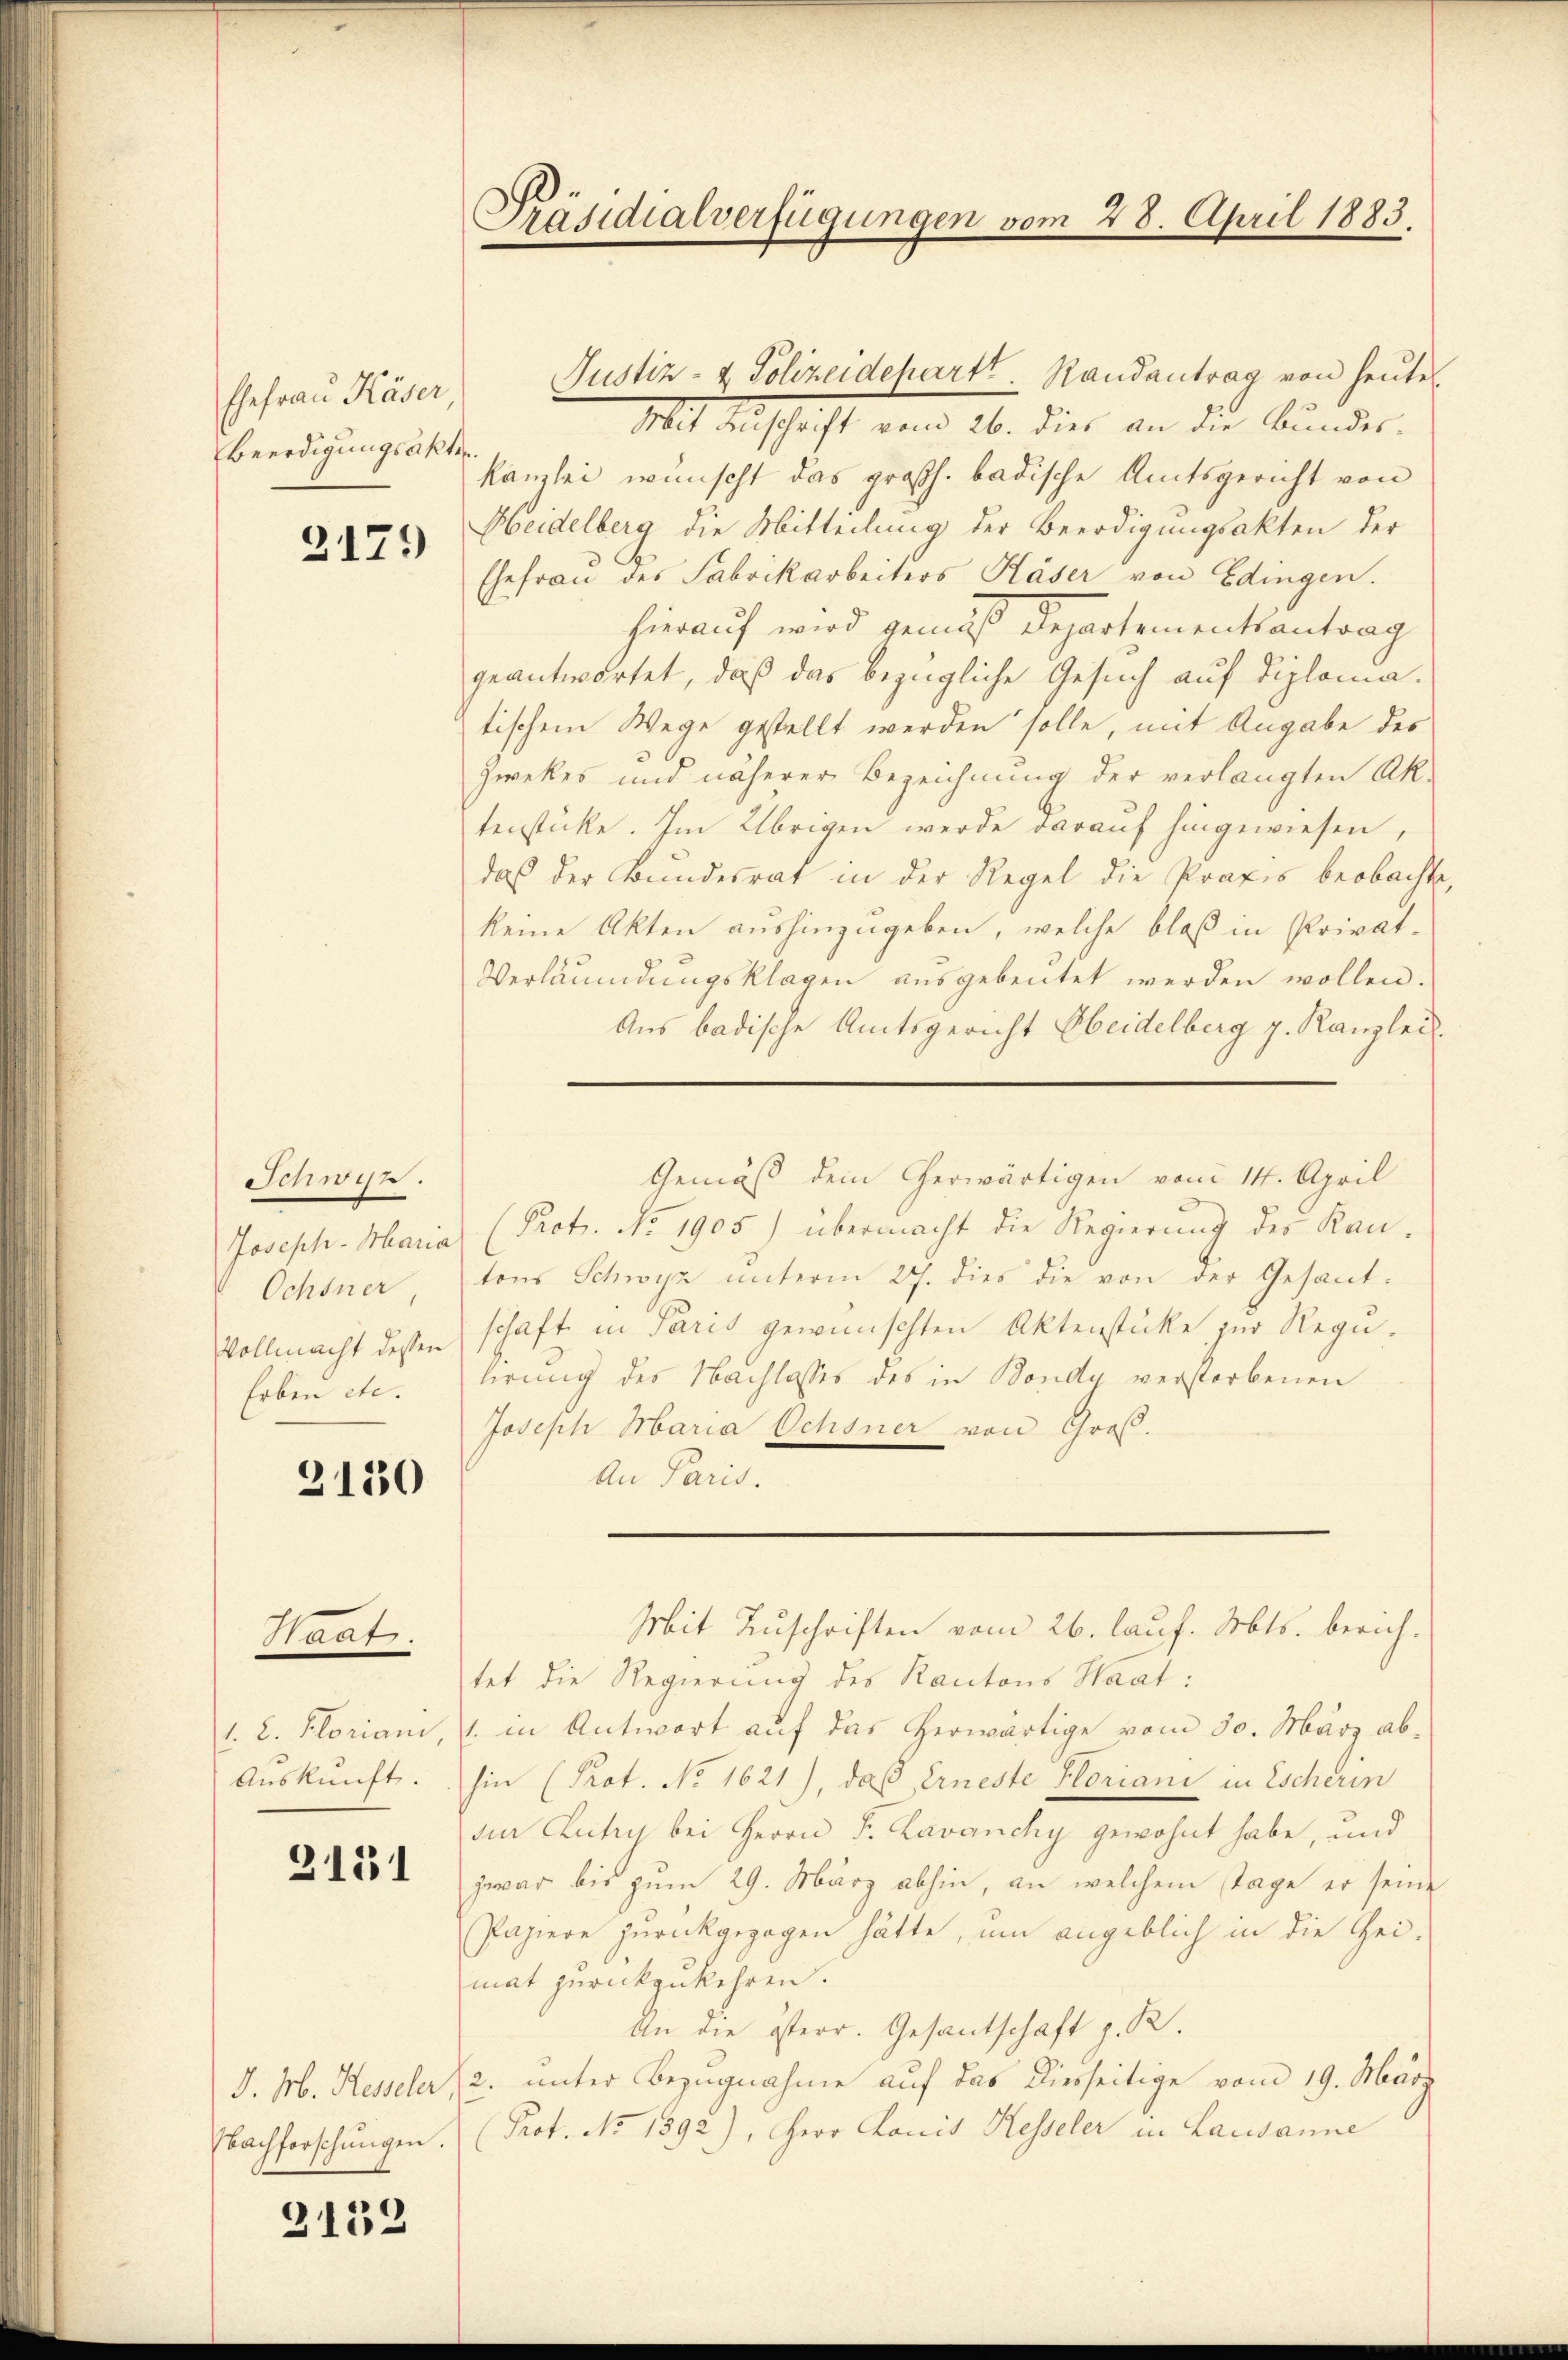
Ehefrau Käser,
Beerdigungsakten.

2171

Schwyn.
Joseph-Maria
Ochsner,
Vollmacht dessen
Erben etc.

3130

Staat.

. L. Floriani,
Auskunft.

2151

J. M. Hesseler,
Nachforschungen.

2132

Präsidialverfügungen vom 28. April 1883.

Justiz- & Polizeidepartt. Randantrag von heŭte
Mit Anschrift vom 26. dies an die Bundeskanzlei wünscht das großh. badische Amtsgericht von
Heidelberg die Mitteilung der Beerdigungsakten der
Ehefrau des Fabrikarbeiters Käser von Edingen.
hierauf wird gemäß Departementsantrag
geantwortet, daß das bezügliche Gesuch auf Diplomatischem Wege gestellt werden solle, mit Angabe des
Zwekes und näherer Bezeichnung der verlangten Aktenstücke. Im Übrigen werde darauf hingewiesen,
das der Bundesrat in der Regel die Praxis beobachte
keine Akten aushinzugeben, welche bloß in Privat-
Verläumdungsklagen ausgebeutet werden wollen.
Aus badische Amtsgericht beidelberg p. Kanzlei.
(Prot. No 1905) übermacht die Regierŭng des Kan-
tons Schwyz unterm 27. dies die von der Gesant-
schaft in Paris gewünschten Aktenstücke zur Regulirung des Nachlasses des in Bondu verstorbenen
Joseph Maria Ochsner von Groß.
An Paris.
Mit Zuschriften vom 26. lauf. Mts. berichtet die Regierung des Kantons Haat:
1. in Antwort auf das herwärtige vom 30. März ab-
hin (Prot. No 1621), daß Erneste Floriani in Escherin
zur Lutry bei Herrn F. Lavanchy gewohnt habe, und
zwar bis zum 29. März abhin, an welchem Tage er seine
Papiere zurückgezogen hätte, um angeblich in die Gei-
mat zurückzukehren.
An die österr. Gesandtschaft z. R.
2. unter Bezugnahme auf das Diesseitige vom 19. März
(Prof. No 1392), Herr Konis Kesseler in Lausanne

Gemäß dem erwärtigen vom 14. April